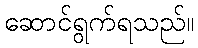
ဆောင်ရွက်ရသည်။